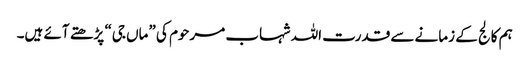
ہم کالج کے زمانے سے قدرت اللہ شہاب مرحوم کی ”ماں جی“ پڑھتے آئے ہیں۔